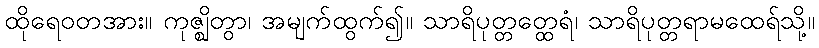
ထိုရေဝတအား။ ကုဇ္ဈိတွာ၊ အမျက်ထွက်၍။ သာရိပုတ္တတ္ထေရံ၊ သာရိပုတ္တရာမထေရ်သို့။